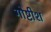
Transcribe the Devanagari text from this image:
गोष्टीश